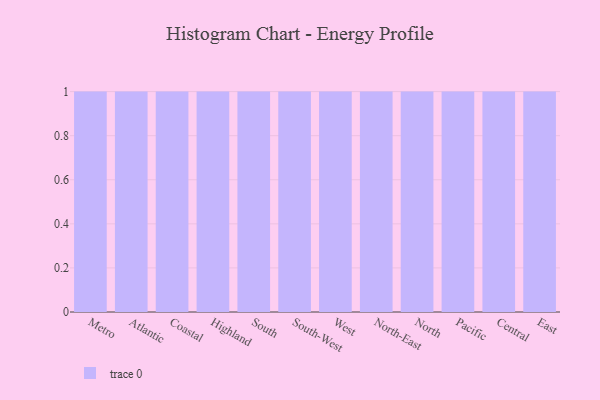
{"axis": {"x": "Region", "y": "Gross Profit (USD K)"}, "legend": [""], "data": [{"x": "Metro", "y": 17, "type": ""}, {"x": "Atlantic", "y": 48, "type": ""}, {"x": "Coastal", "y": 5, "type": ""}, {"x": "Highland", "y": 94, "type": ""}, {"x": "South", "y": 10, "type": ""}, {"x": "South-West", "y": 77, "type": ""}, {"x": "West", "y": 92, "type": ""}, {"x": "North-East", "y": 21, "type": ""}, {"x": "North", "y": 48, "type": ""}, {"x": "Pacific", "y": 41, "type": ""}, {"x": "Central", "y": 64, "type": ""}, {"x": "East", "y": 64, "type": ""}]}